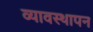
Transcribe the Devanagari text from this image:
व्यावस्थापन